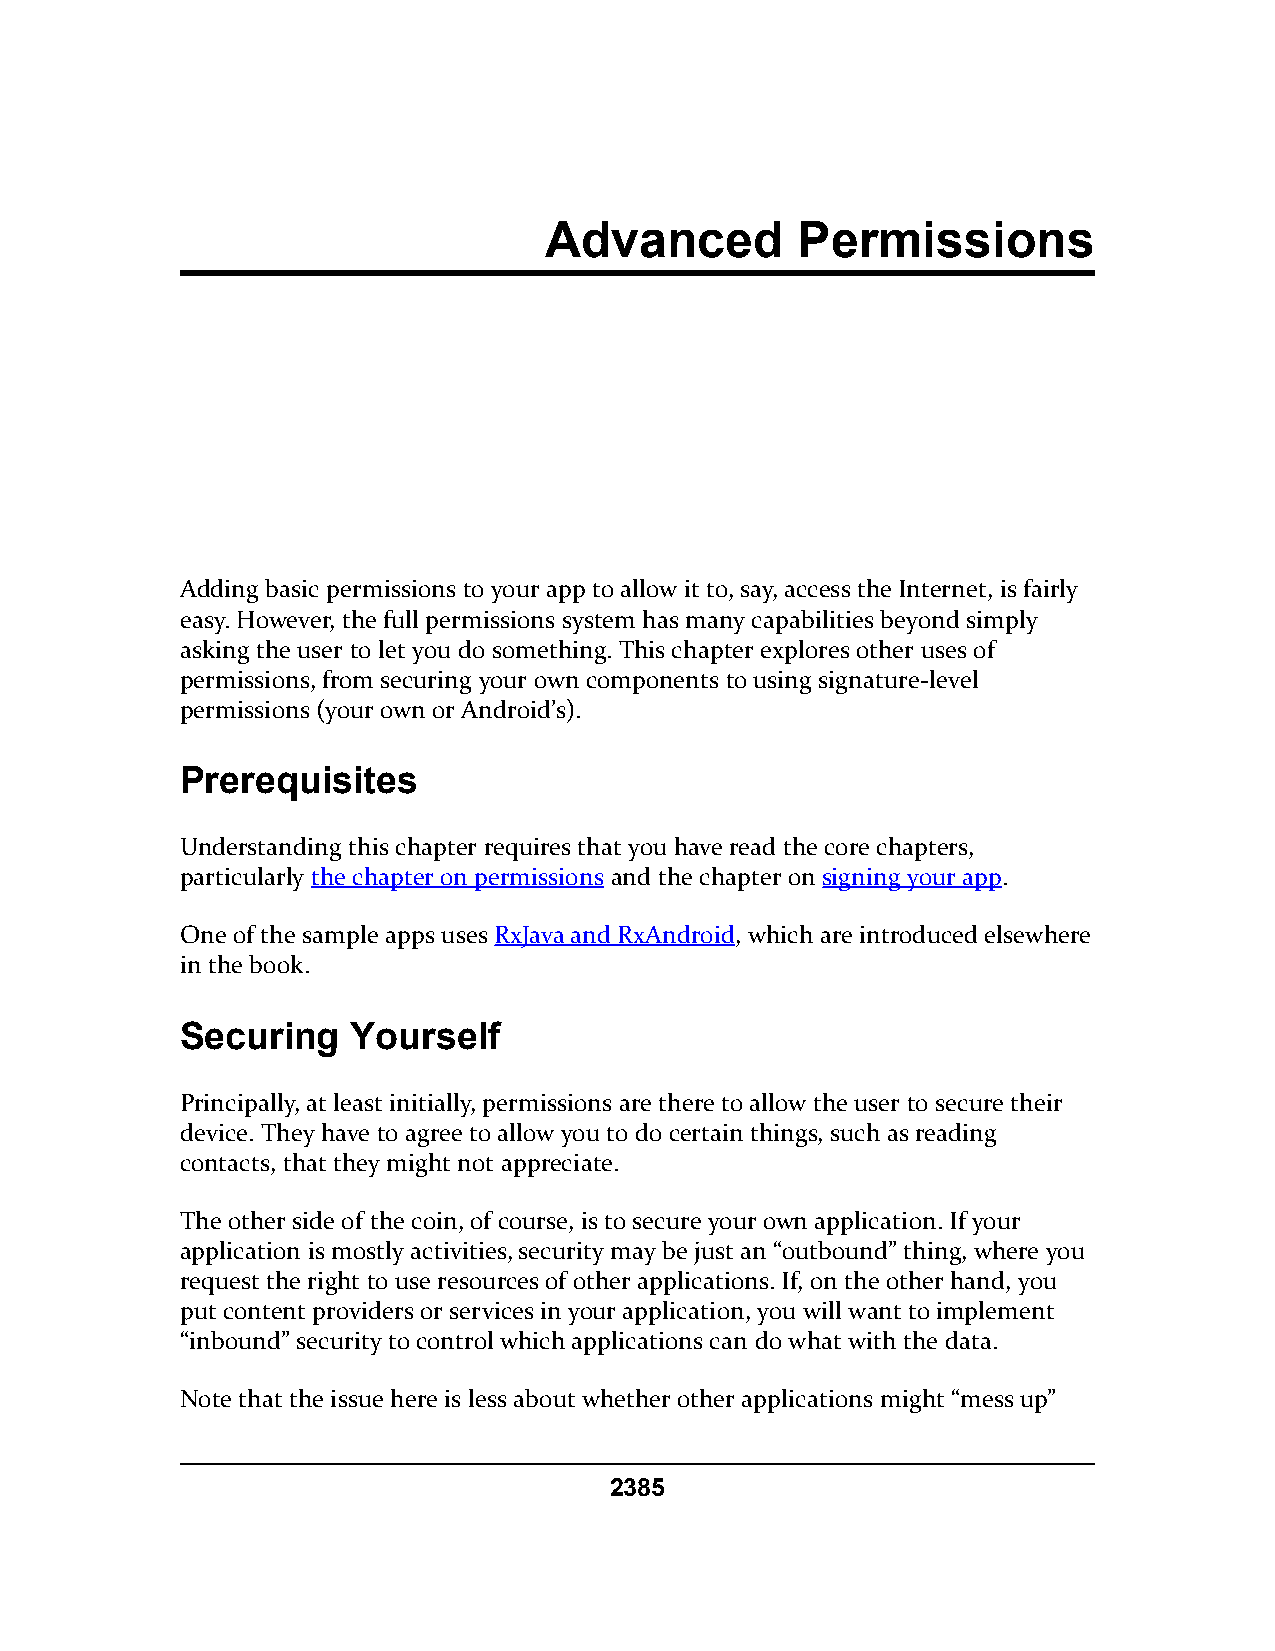
Advanced         Permissions
 Adding basic permissions to your app to allow it to, say, access the Internet, is fairly
 easy. However, the full permissions system has many capabilities beyond simply
 asking the user to let you do something. This chapter explores other uses of
 permissions, from securing your own components to using signature-level
 permissions (your own or Android’s).
 Prerequisites
 Understanding this chapter requires that you have read the core chapters,
 particularly the chapter on permissions and the chapter on signing your app.
 One of the sample apps uses RxJava and RxAndroid, which are introduced elsewhere
 in the book.
 Securing   Yourself
 Principally, at least initially, permissions are there to allow the user to secure their
 device. They have to agree to allow you to do certain things, such as reading
 contacts, that they might not appreciate.
 The other side of the coin, of course, is to secure your own application. If your
 application is mostly activities, security may be just an “outbound” thing, where you
 request the right to use resources of other applications. If, on the other hand, you
 put content providers or services in your application, you will want to implement
 “inbound” security to control which applications can do what with the data.
 Note that the issue here is less about whether other applications might “mess up”
 2385